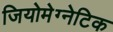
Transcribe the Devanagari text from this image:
जियोमेग्नेटिक